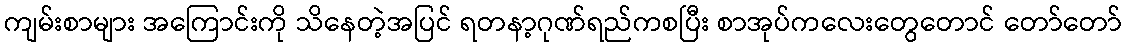
ကျမ်းစာများ အကြောင်းကို သိနေတဲ့အပြင် ရတနာ့ဂုဏ်ရည်ကစပြီး စာအုပ်ကလေးတွေတောင် တော်တော်